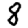
Digit: 8